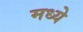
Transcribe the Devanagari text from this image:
मध्येे